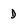
Character: D